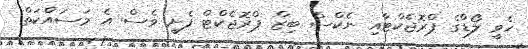
ހެވީ ލޯޑްގެ ޕްރޮޖެކްޓާއި ނެކްސް ބިޒް ޕްރޮޖެކްޓް ފެށީ ވެސް އެ މަސައްކަތް